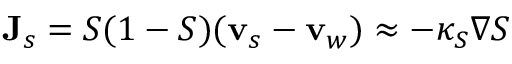
{ \bf J } _ { s } = S ( 1 - S ) ( { \bf v } _ { s } - { \bf v } _ { w } ) \approx - \kappa _ { S } \nabla S